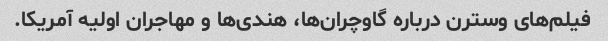
فیلم‌های وسترن درباره گاوچران‌ها، هندی‌ها و مهاجران اولیه آمریکا.